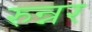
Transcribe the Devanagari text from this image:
रुन्नर